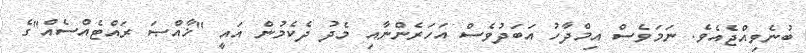
ބުނެވިއްޖެއެވެ. ނަމަވެސް އިމްދާހު އަބަދުވެސް އަހަރެންނާއި މެދު ދެކެމުން އައީ "ޚާއްޞަ ރައްޓެއްސެއް"ގެ